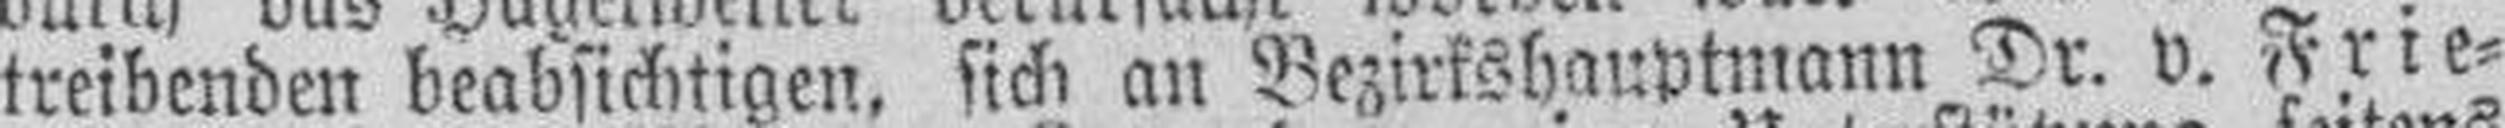
treibenden beabsichtigen, sich an Bezirkshauptmann Dr. v. Frie¬